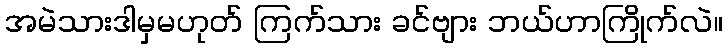
အမဲသားဒါမှမဟုတ် ကြက်သား ခင်ဗျား ဘယ်ဟာကြိုက်လဲ။